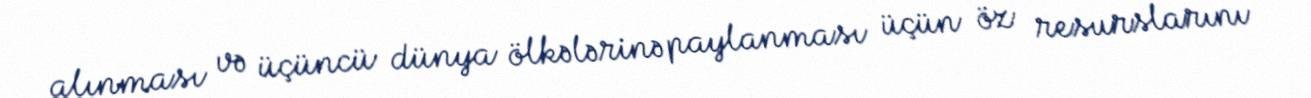
alınması və üçüncü dünya ölkələrinə paylanması üçün öz resurslarını